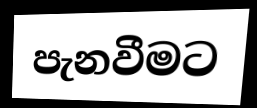
පැනවීමට